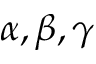
\alpha , \beta , \gamma